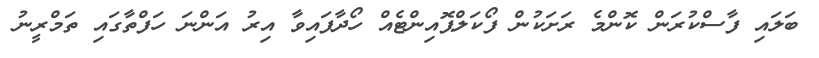
ބަލައި ފާސްކުރަން ކޮންމެ ރަށަކުން ފޯކަލްޕޮއިންޓެއް ހޯދާފައިވާ އިރު އަންނަ ހަފްތާގައި ތަމްރީނު